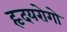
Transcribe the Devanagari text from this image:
हृदयरोगो